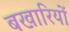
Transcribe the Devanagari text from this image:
बखारियों